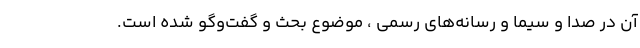
آن در صدا و سیما و رسانه‌های رسمی ، موضوع بحث و گفت‌و‌گو شده است.